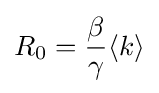
R_{0}={\dfrac {\beta }{\gamma }}{\langle k\rangle }